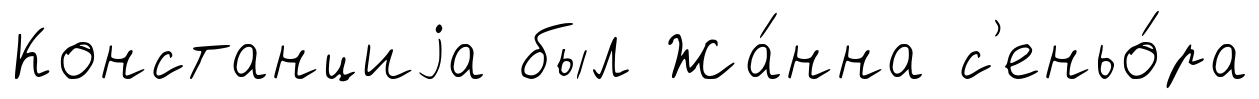
Констанциjа был Жа́нна с'еньо́ра